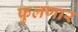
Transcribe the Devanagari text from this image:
फुलणार